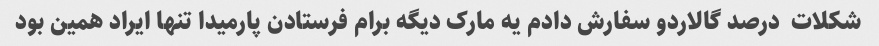
شکلات  درصد گالاردو سفارش دادم یه مارک دیگه برام فرستادن پارمیدا تنها ایراد همین بود